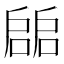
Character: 𢩙